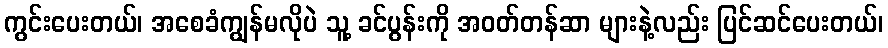
ကွင်းပေးတယ်၊ အစေခံကျွန်မလိုပဲ သူ့ ခင်ပွန်းကို အဝတ်တန်ဆာ များနဲ့လည်း ပြင်ဆင်ပေးတယ်၊